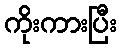
ကိုးကားပြီး